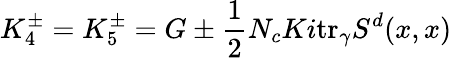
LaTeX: K_{4}^{\pm}=K_{5}^{\pm}=G\pm\frac{1}{2}N_{c}Ki\mathrm{tr}_{\gamma}S^{d}(x,x)